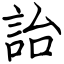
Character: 詒